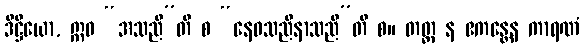
ဒိဋ္ဌိယော, ဣဓ “အသညီ”တိ စ “နေဝသညီနာသညီ”တိ စ။ တတ္ထ န ဧကန္တေန ကာရဏံ